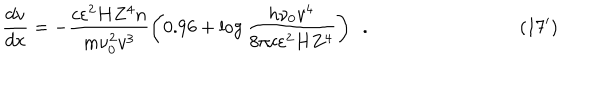
\qquad \qquad \qquad \qquad \qquad \frac { d v } { d x } = - \frac { c \varepsilon ^ { 2 } H Z ^ { 4 } n } { m \nu _ { 0 } ^ { 2 } v ^ { 3 } } \left( { 0 . 9 6 + \log \frac { h \nu _ { 0 } v ^ { 4 } } { 8 \pi c \varepsilon ^ { 2 } H Z ^ { 4 } } } \right) ~ ~ . \qquad \qquad \qquad \qquad ( 1 7 ^ { \prime } )